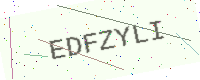
Text: EDFZYLI